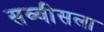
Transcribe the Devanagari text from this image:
सव्वीसला